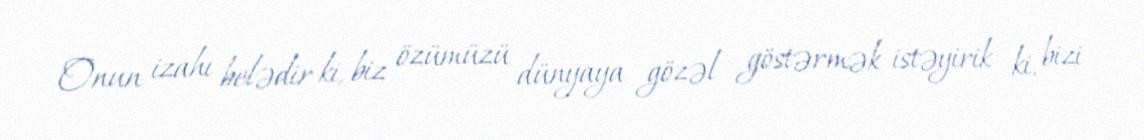
Onun izahı belədir ki, biz özümüzü dünyaya gözəl göstərmək istəyirik ki, bizi